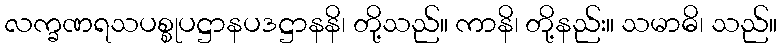
လက္ခဏရသပစ္စုပဋ္ဌာနပဒဋ္ဌာနနိ၊ တို့သည်။ ကာနိ၊ တို့နည်း။ သမာဓိ၊ သည်။